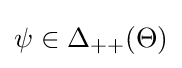
\psi \in \Delta _{++}(\Theta )